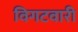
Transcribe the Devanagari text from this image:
विगटवारी